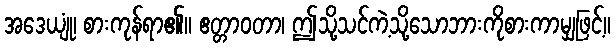
အဒေယျုံ၊ စားကုန်ရာ၏။ ဧတ္တာဝတာ၊ ဤသို့သင်ကဲ့သို့သောဘားကိုစားကာမျှဖြင့်။